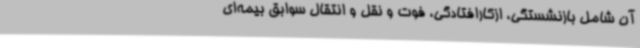
آن شامل بازنشستگی، ازکارافتادگی، فوت و نقل و انتقال سوابق بیمه‌ای